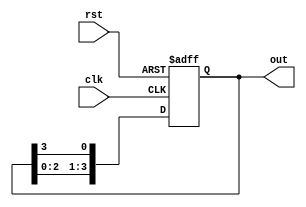
module RingCounter (
  input wire clk,
  input wire rst,
  output reg [3:0] out
);

reg [3:0] state;

always @ (posedge clk or posedge rst) begin
  if (rst) begin
    state <= 4'b0001; // initial state
  end else begin
    state <= state << 1; // shift left by 1
    state[0] <= state[3]; // connect last bit to first bit
  end
end

assign out = state;

endmodule